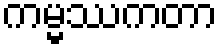
ကမ္မဿကတာ